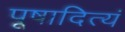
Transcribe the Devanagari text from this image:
पूषादित्यं